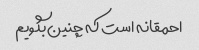
احمقانه است که چنین بگویم